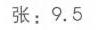
张：\(9.5\)